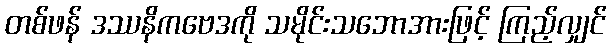
တစ်ဖန် ဒဿနိကဗေဒကို သမိုင်းသဘောအားဖြင့် ကြည့်လျှင်